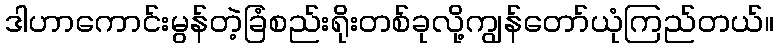
ဒါဟာကောင်းမွန်တဲ့ခြံစည်းရိုးတစ်ခုလို့ကျွန်တော်ယုံကြည်တယ်။